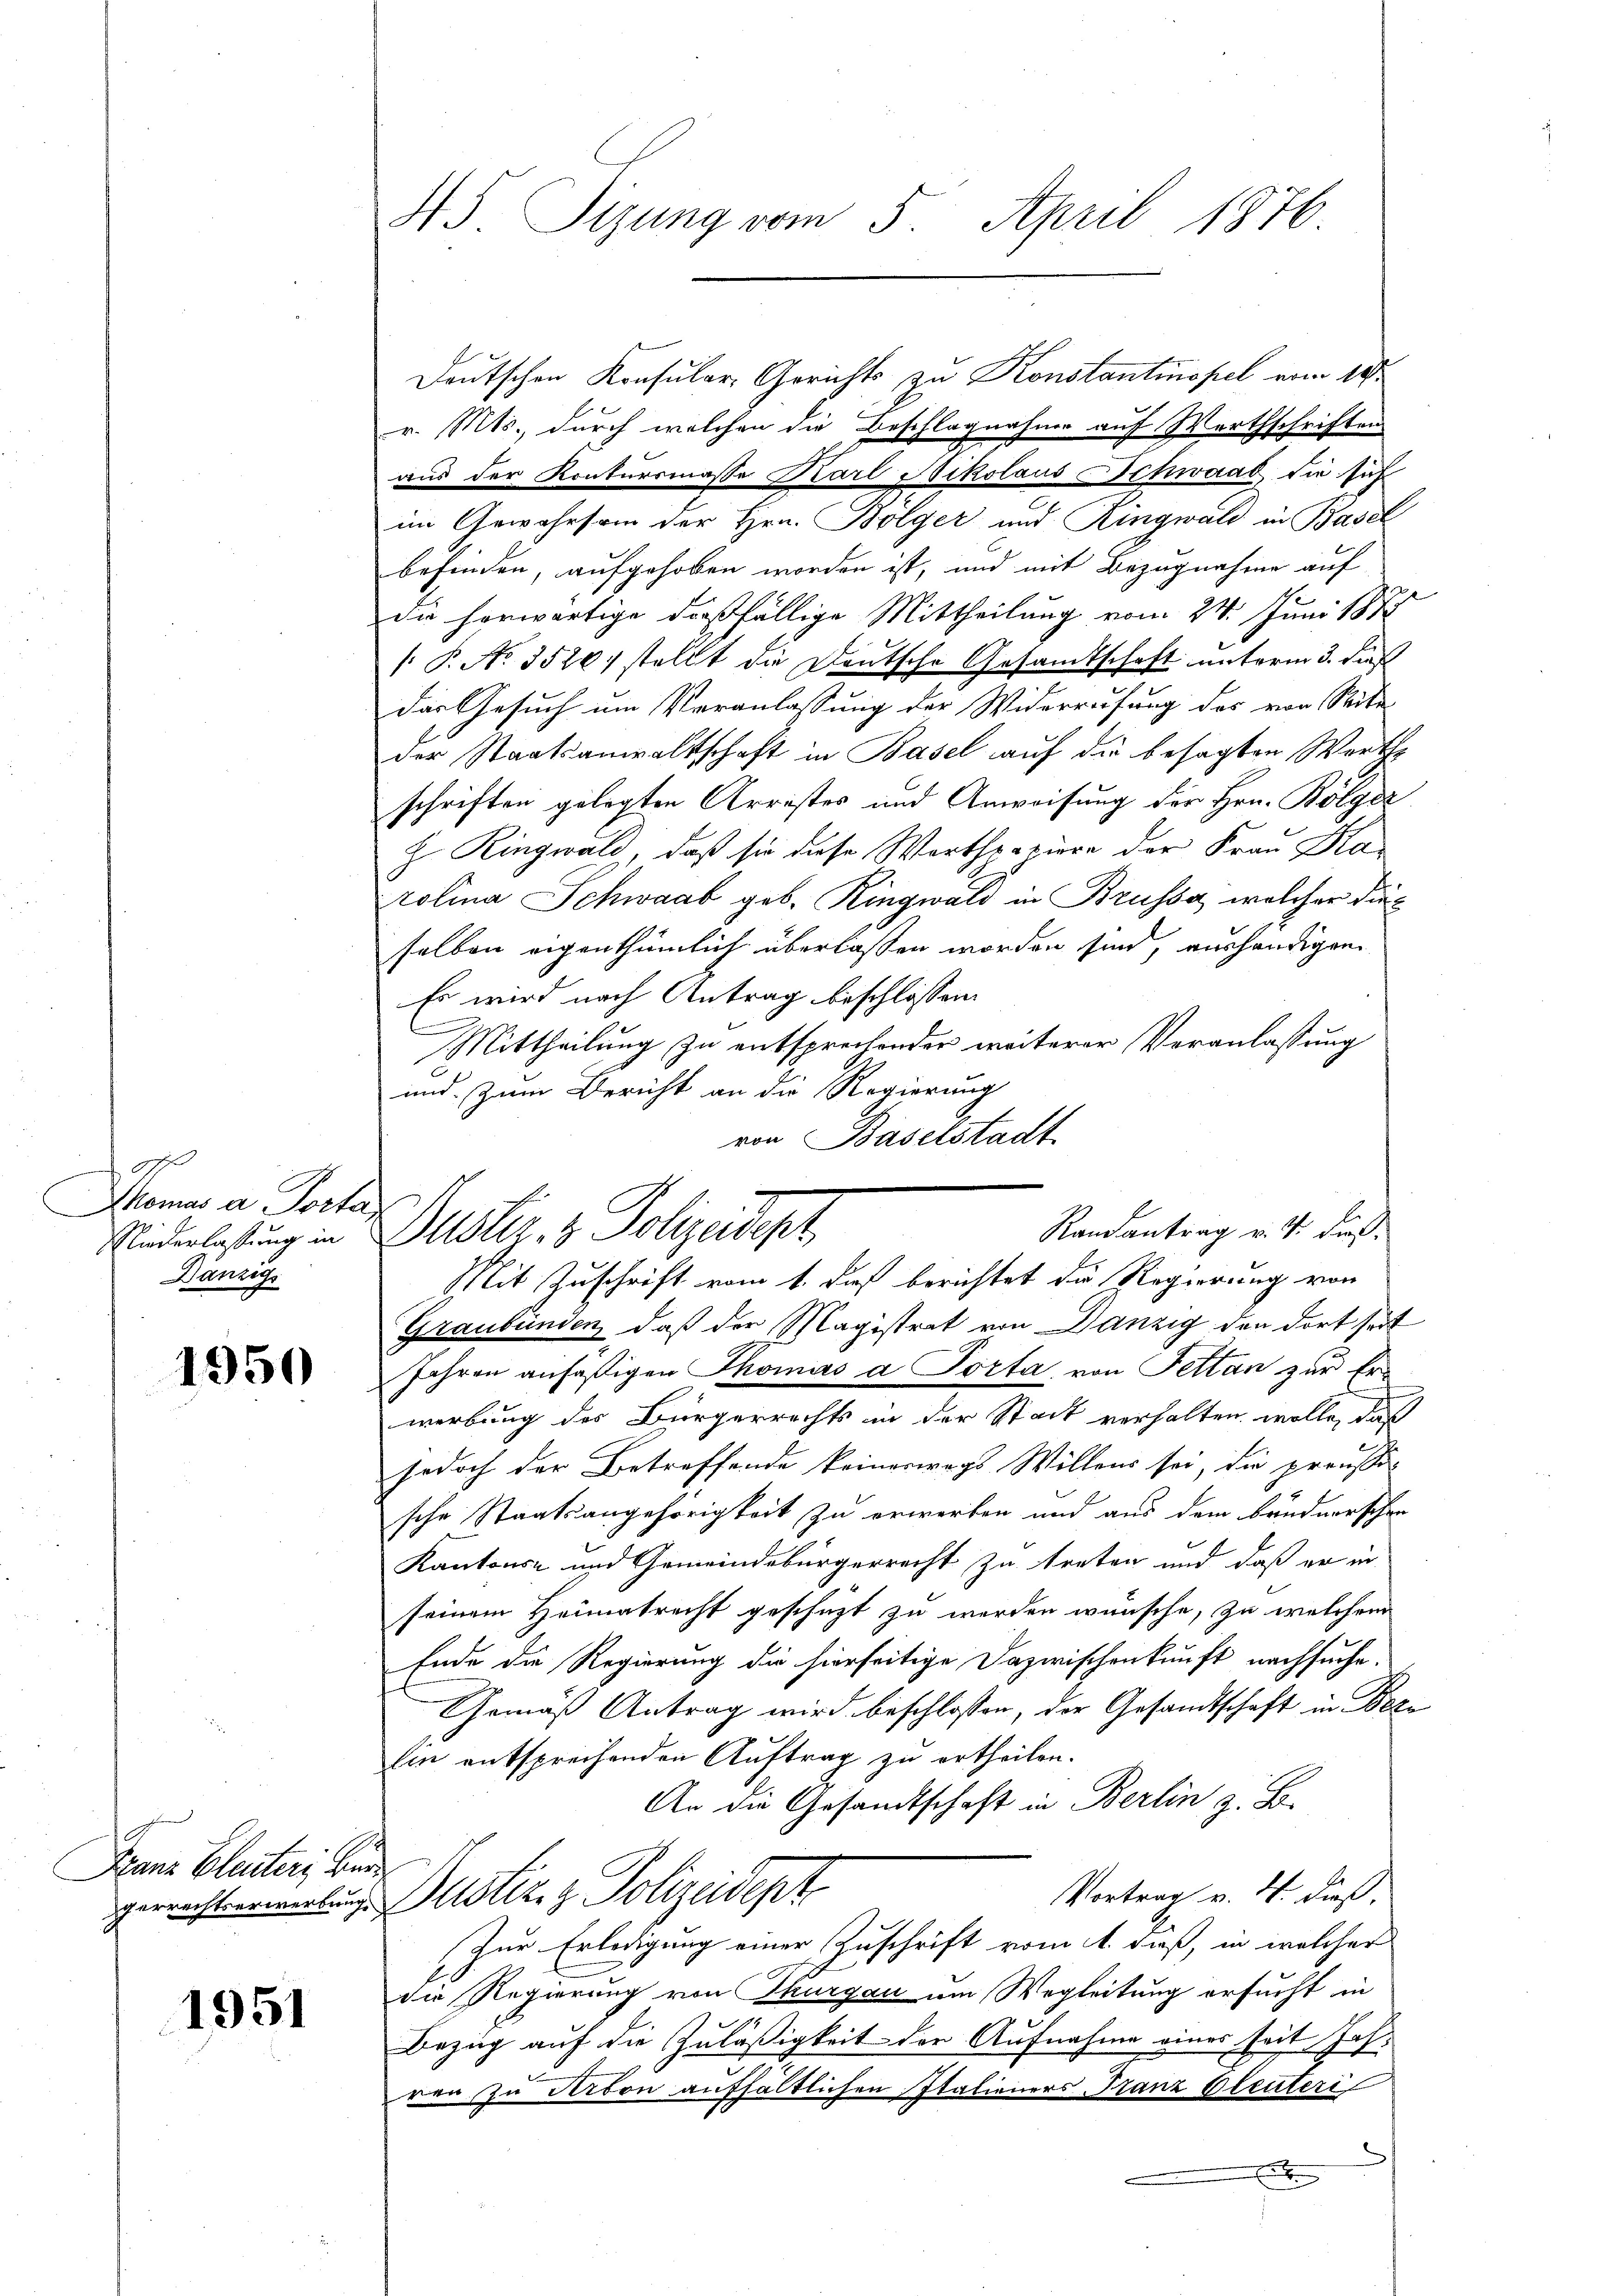
9ff
Thomas a Porta
Niederlassung in
Danzig

1950

Franz Bleuter, bere

1951

Deutschen Konsulare Gerichts zu Konstantinopel vom 18.
r. Mts., durch welchen die Beschlagnahme auf Werthschriften
aus der Konkursmasse Karl Nikolaus Schwaab die sich
im Gewahrsam der Hrn. Bolger und Ringwald in Basel
befinden, aufgehoben worden ist, und mit Bezugnahme auf
die herwärtige dießfällige Mittheilung vom 24. Juni 1877
 P. No. 3520 stellt die Deutsche Gesandtschaft unterm 3. dieß
das Gesuch um Veranlassung der Widerrufung des von Seite
der Staatsanwaltschaft in Basel auf die besagten Werthe
schriften gelegten Arrestes und Anweisung der Hrn. Bolger
H. Ringwald, daß sie diese Worthpapiere der Frau Karolina Schwaab geb. Ringwald in Brussa, welcher dieselben eigenthümlich überlassen worden sind, verhändigen
Es wird nach Antrag beschlossen:
Mittheilung zu entsprechender weiterer Veranlassung
und. Zum Bericht an die Regierung
von Baselstadt

45 Tigung vom 5. April 1876.

Randantrag v. J. dies
Puster. 1 Polizeidigt
Mit Zuschrift vom 1. daß berichtet die Regierung von

Graubünden, daß der Magistrat von Danzig den dort seit
Jahren anfäßigen Thomas a Porta, von Fettan zur Erwerbung des Bürgerrechts in der Stadt verhalten wolle, daß
jedoch der Betreffende keineswegs Willens sei, die preussi-
sche Staatsangehörigkeit zu erwerben und aus dem brudnerschen
Kantons- und Gemeindebürgerrecht zu treten und daß er in
seinem Heimatrecht geschüzt zu werden wünsche, zu welchem
Ende die Regierung die hierseitige Dazwischenkunft nachsuche.
Gemäß Antrag wird beschlossen, der Gesandtschaft in Boze
lin entsprechenden Auftrag zu ertheilen.
An die Gesandtschaft in Berlin z. B.
Vortrag v. ds. dieß.
gerrechtswirtung Gustiz- & Polizeidept
Zur Erledigung einer Zuschrift vom 1. daß, in welcher
die Regierung von Thurgau am Wegleitung ersucht in
Bezug auf die Zuläßigkeit der Aufnahme eines seit Jahren In Arbon aufhältlichen Italieners Franz bleiteri
d